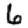
Digit: 6